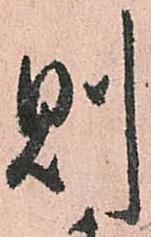
則